Annual administration report of the Civil Veterinary Department of India - 1905-1906
Year: 1905
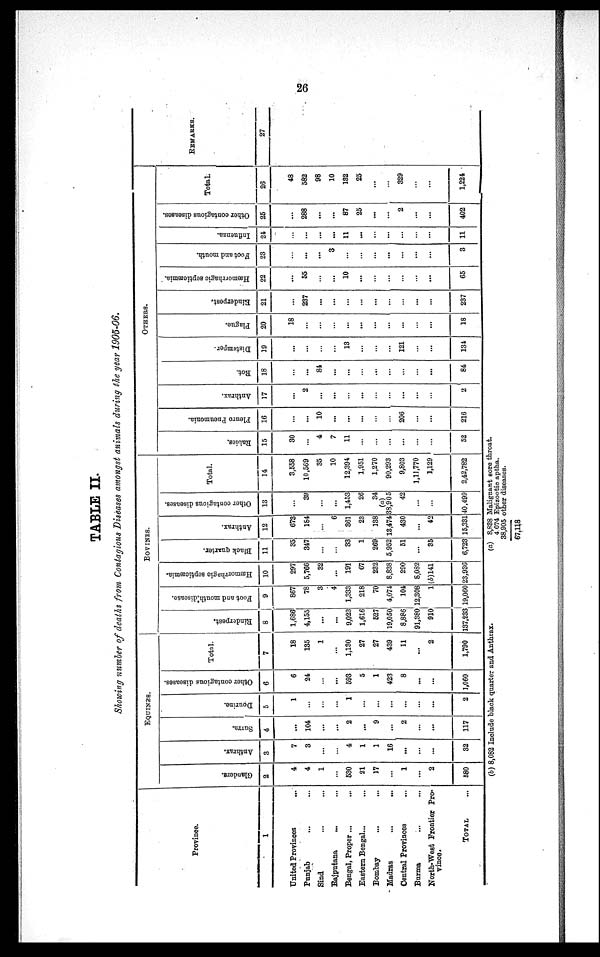
26
TABLE II.
Showing number of deaths from Contagious Diseases amongst animals during the year 1905-06.
Province.
1
United Provinces ...
Punjab ... ...
Sind ... ...
Rajputana ... ...
Bengal, Proper ... ...
Eastern Bengal... ...
Bombay ... ...
Madras ... ...
Central Provinces ...
Burma ... ...
North-West Frontier Pro-
vince.
TOTAL ...
EQUINES.
Glanders.
2
4
4
1
...
530
21
17
...
1
...
2
580
Anthrax.
3
7
3
...
...
4
1
1
16
...
...
...
32
Surra.
4
...
104
...
...
2
...
9
...
2
...
...
117
Dourine.
5
1
...
...
...
1
...
...
...
...
...
...
2
Other contagious diseases.
6
6
24
...
...
593
5
1
423
8
...
...
1,060
Total.
7
18
135
1
...
1,130
27
27
439
11
...
2
1,790
BOVINES.
Rinderpest.
8
1,686
4,155
...
...
9,023
1,616
527
19,050
8,886
91,380
910
137,233
Foot and mouth disease.
9
867
78
3
4
1,333
218
70
4,074
104
12,308
1
19,060
Hsomorrhagic septicæmia.
10
297
5,766
32
...
191
67
232
8,838
290
8,082
(b)141
23,936
Black quarter.
11
35
347
...
...
33
1
269
5,952
51
...
35
6,723
Anthrax.
12
673
184
...
6
361
23
138
13,474
430
...
42
15,331
Other contagious diseases.
13
...
39
...
...
1,453
26
34
(a)
38,905
42
...
...
40,499
Total.
14
3,558
10,569
35
10
12.394
1,951
1,270
90,293
9,803
1,11,770
1,129
2,42,782
OTHERS.
Rabies.
15
30
...
4
7
11
...
...
...
...
...
...
52
Fleuro Pneumonia.
16
...
...
10
...
...
...
...
...
206
...
...
216
Anthrax.
17
...
2
...
...
...
...
...
...
...
...
...
2
Rot.
18
...
...
84
...
...
...
...
...
...
...
...
84
Distempor.
19
...
...
...
...
13
...
...
...
121
...
...
134
Plague.
20
18
...
...
...
...
...
...
...
...
...
...
18
Rinderpest.
21
...
237
...
...
...
...
...
...
...
...
...
237
Hæmorrhagic septicæmia.
22
...
55
...
...
10
...
...
...
...
...
...
65
Foot and mouth.
23
...
...
...
3
...
...
...
...
...
...
...
3
Influenza.
24
...
...
...
...
11
...
...
...
...
...
...
11
Other contagious diseases.
25
...
288
...
...
87
25
...
...
2
...
...
402
Total.
26
48
582
98
10
132
25
...
...
329
...
...
1,224
REMARKS.
27
(b) 8,082 Include black quarter and Anthrax.
(a) 8,838 Malignant sore throat.
4 074 Epizootic aptha.
38,905 other diseases.
67,118